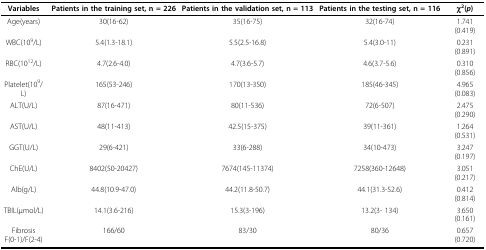
<table><thead><tr><td><b>Variables</b></td><td><b>Patients in the training set, n = 226</b></td><td><b>Patients in the validation set, n = 113</b></td><td><b>Patients in the testing set, n = 116</b></td><td><b>χ<sup>2</sup>(<i>p</i>)</b></td></tr></thead><tbody><tr><td>Age(years)</td><td>30(16-62)</td><td>35(16-75)</td><td>32(16-74)</td><td>1.741(0.419)</td></tr><tr><td>WBC(10<sup>9</sup>/L)</td><td>5.4(1.3-18.1)</td><td>5.5(2.5-16.8)</td><td>5.4(3.0-11)</td><td>0.231(0.891)</td></tr><tr><td>RBC(10<sup>12</sup>/L)</td><td>4.7(2.6-4.0)</td><td>4.7(3.6-5.7)</td><td>4.6(3.7-5.6)</td><td>0.310(0.856)</td></tr><tr><td>Platelet(10<sup>9</sup>/L)</td><td>165(53-246)</td><td>170(13-350)</td><td>185(46-345)</td><td>4.965(0.083)</td></tr><tr><td>ALT(U/L)</td><td>87(16-471)</td><td>80(11-536)</td><td>72(6-507)</td><td>2.475(0.290)</td></tr><tr><td>AST(U/L)</td><td>48(11-413)</td><td>42.5(15-375)</td><td>39(11-361)</td><td>1.264(0.531)</td></tr><tr><td>GGT(U/L)</td><td>29(6-421)</td><td>33(6-288)</td><td>34(10-473)</td><td>3.247(0.197)</td></tr><tr><td>ChE(U/L)</td><td>8402(50-20427)</td><td>7674(145-11374)</td><td>7258(360-12648)</td><td>3.051(0.217)</td></tr><tr><td>Alb(g/L)</td><td>44.8(10.9-47.0)</td><td>44.2(11.8-50.7)</td><td>44.1(31.3-52.6)</td><td>0.412(0.814)</td></tr><tr><td>TBIL(μmol/L)</td><td>14.1(3.6-216)</td><td>15.3(3-196)</td><td>13.2(3- 134)</td><td>3.650(0.161)</td></tr><tr><td>FibrosisF(0-1)/F(2-4)</td><td>166/60</td><td>83/30</td><td>80/36</td><td>0.657(0.720)</td></tr></tbody></table>